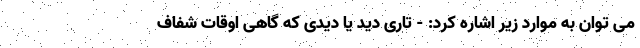
می توان به موارد زیر اشاره کرد: - تاری دید یا دیدی که گاهی اوقات شفاف